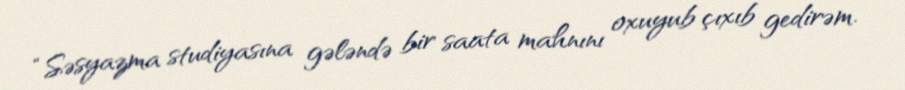
“Səsyazma studiyasına gələndə bir saata mahnını oxuyub çıxıb gedirəm.